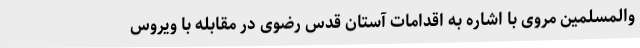
والمسلمین مروی با اشاره به اقدامات آستان قدس رضوی در مقابله با ویروس